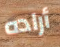
أراده